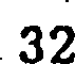
32